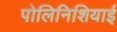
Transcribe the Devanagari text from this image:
पोलिनिशियाई